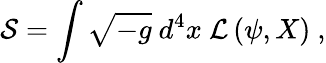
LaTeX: \mathcal{S}=\int\sqrt{-g}\mathrm{~}d^{4}x\mathrm{~}\mathcal{L}\left(\psi,X\right)~,